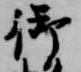
御